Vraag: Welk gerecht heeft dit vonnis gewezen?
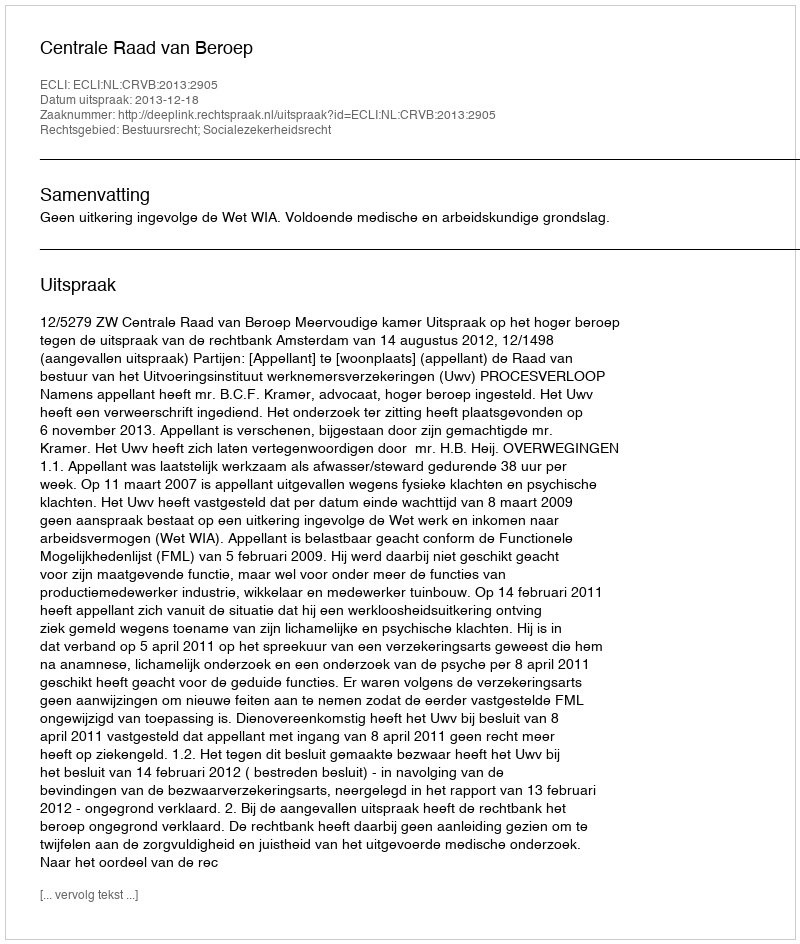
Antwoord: Centrale Raad van Beroep